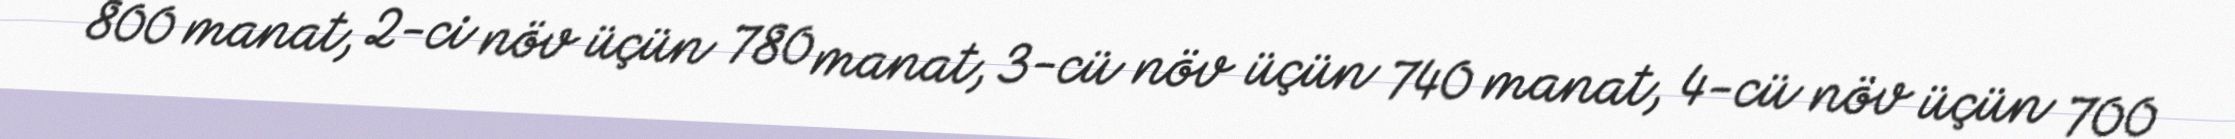
800 manat, 2-ci növ üçün 780 manat, 3-cü növ üçün 740 manat, 4-cü növ üçün 700